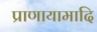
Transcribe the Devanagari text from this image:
प्राणायामादि